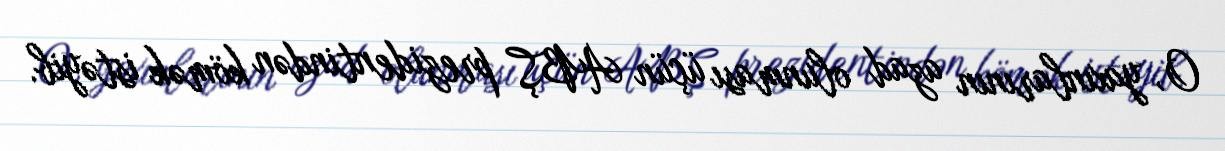
O, yaxınlarının azad olunması üçün ABŞ prezidentindən kömək istəyib.